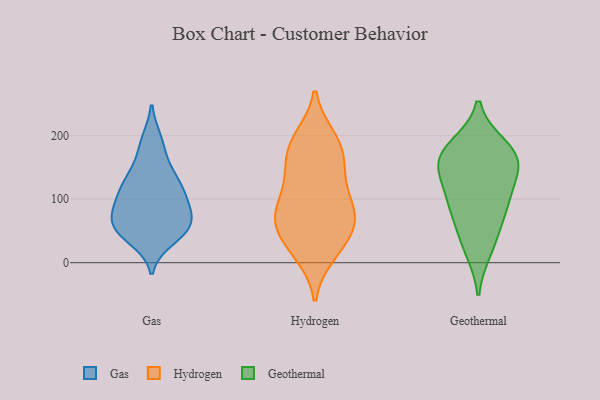
{"axis": {"x": "Website Visitors", "y": "Value"}, "legend": ["Gas", "Geothermal", "Hydrogen"], "data": [{"x": "", "y": 105, "type": "Gas"}, {"x": "", "y": 37, "type": "Gas"}, {"x": "", "y": 84, "type": "Gas"}, {"x": "", "y": 193, "type": "Gas"}, {"x": "", "y": 159, "type": "Gas"}, {"x": "", "y": 53, "type": "Gas"}, {"x": "", "y": 189, "type": "Gas"}, {"x": "", "y": 110, "type": "Gas"}, {"x": "", "y": 45, "type": "Gas"}, {"x": "", "y": 71, "type": "Gas"}, {"x": "", "y": 48, "type": "Gas"}, {"x": "", "y": 85, "type": "Gas"}, {"x": "", "y": 88, "type": "Gas"}, {"x": "", "y": 60, "type": "Gas"}, {"x": "", "y": 118, "type": "Gas"}, {"x": "", "y": 59, "type": "Gas"}, {"x": "", "y": 135, "type": "Gas"}, {"x": "", "y": 120, "type": "Gas"}, {"x": "", "y": 136, "type": "Gas"}, {"x": "", "y": 57, "type": "Gas"}, {"x": "", "y": 197, "type": "Hydrogen"}, {"x": "", "y": 49, "type": "Hydrogen"}, {"x": "", "y": 61, "type": "Hydrogen"}, {"x": "", "y": 54, "type": "Hydrogen"}, {"x": "", "y": 162, "type": "Hydrogen"}, {"x": "", "y": 92, "type": "Hydrogen"}, {"x": "", "y": 25, "type": "Hydrogen"}, {"x": "", "y": 161, "type": "Hydrogen"}, {"x": "", "y": 14, "type": "Hydrogen"}, {"x": "", "y": 122, "type": "Hydrogen"}, {"x": "", "y": 76, "type": "Hydrogen"}, {"x": "", "y": 198, "type": "Hydrogen"}, {"x": "", "y": 81, "type": "Hydrogen"}, {"x": "", "y": 165, "type": "Hydrogen"}, {"x": "", "y": 138, "type": "Hydrogen"}, {"x": "", "y": 61, "type": "Hydrogen"}, {"x": "", "y": 110, "type": "Hydrogen"}, {"x": "", "y": 12, "type": "Hydrogen"}, {"x": "", "y": 193, "type": "Hydrogen"}, {"x": "", "y": 77, "type": "Hydrogen"}, {"x": "", "y": 182, "type": "Geothermal"}, {"x": "", "y": 159, "type": "Geothermal"}, {"x": "", "y": 164, "type": "Geothermal"}, {"x": "", "y": 155, "type": "Geothermal"}, {"x": "", "y": 175, "type": "Geothermal"}, {"x": "", "y": 96, "type": "Geothermal"}, {"x": "", "y": 86, "type": "Geothermal"}, {"x": "", "y": 96, "type": "Geothermal"}, {"x": "", "y": 21, "type": "Geothermal"}, {"x": "", "y": 136, "type": "Geothermal"}, {"x": "", "y": 43, "type": "Geothermal"}]}